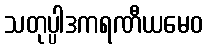
သတုပ္ပါဒကရဏီယမေဝ